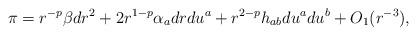
LaTeX: \begin{align*} \pi = r^{-p} \beta dr^2 + 2r^{1-p} \alpha_a dr du^a +r^{2-p} h_{ab} du^a du^b + O_1(r^{-3}),\end{align*}